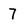
Character: 7